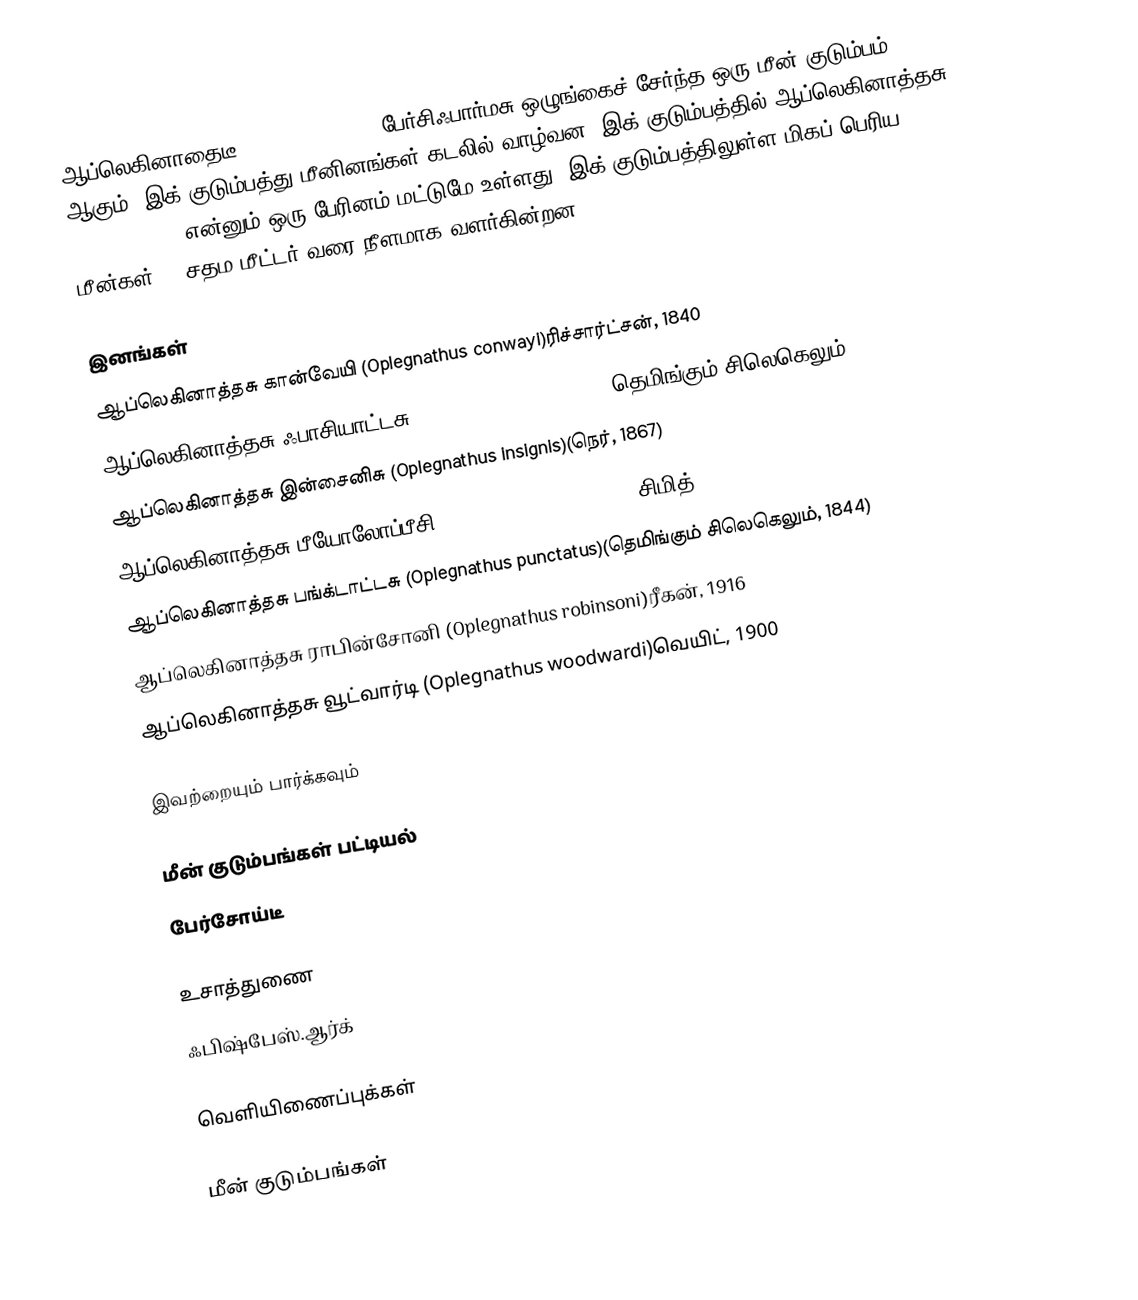
ஆப்லெகினாதைடீ (Oplegnathidae), பேர்சிஃபார்மசு ஒழுங்கைச் சேர்ந்த ஒரு மீன் குடும்பம் ஆகும். இக் குடும்பத்து மீனினங்கள் கடலில் வாழ்வன. இக் குடும்பத்தில் ஆப்லெகினாத்தசு (Oplegnathus) என்னும் ஒரு பேரினம் மட்டுமே உள்ளது. இக் குடும்பத்திலுள்ள மிகப் பெரிய மீன்கள் 90 சதம மீட்டர் வரை நீளமாக வளர்கின்றன.

இனங்கள்
 ஆப்லெகினாத்தசு கான்வேயி (Oplegnathus conwayi)ரிச்சார்ட்சன், 1840
 ஆப்லெகினாத்தசு ஃபாசியாட்டசு (Oplegnathus fasciatus)(தெமிங்கும் சிலெகெலும், 1844)
 ஆப்லெகினாத்தசு இன்சைனிசு (Oplegnathus insignis)(நெர், 1867)
 ஆப்லெகினாத்தசு பீயோலோப்பீசி (Oplegnathus peaolopesi)சிமித், 1947
 ஆப்லெகினாத்தசு பங்க்டாட்டசு (Oplegnathus punctatus)(தெமிங்கும் சிலெகெலும், 1844)
 ஆப்லெகினாத்தசு ராபின்சோனி (Oplegnathus robinsoni)ரீகன், 1916
 ஆப்லெகினாத்தசு வூட்வார்டி (Oplegnathus woodwardi)வெயிட், 1900

இவற்றையும் பார்க்கவும்

 மீன் குடும்பங்கள் பட்டியல்
 பேர்சோய்டீ

உசாத்துணை
 ஃபிஷ்பேஸ்.ஆர்க்

வெளியிணைப்புக்கள்

மீன் குடும்பங்கள்